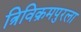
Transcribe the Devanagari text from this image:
त्रिविक्रमपुरला